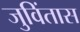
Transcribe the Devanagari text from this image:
जुविंतास